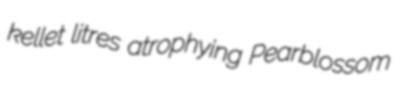
kellet litres atrophying Pearblossom